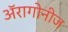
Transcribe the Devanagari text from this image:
अॅरागोनीज